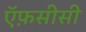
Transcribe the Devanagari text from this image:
ऍफ़सीसी